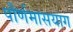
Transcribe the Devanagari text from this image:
पौर्णमासयाग